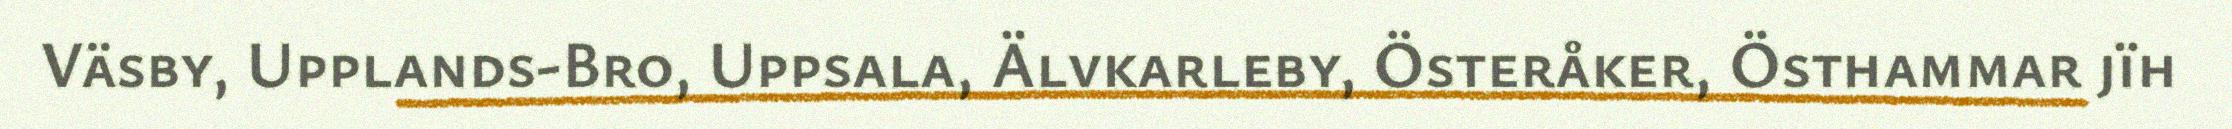
Väsby, Upplands-Bro, Uppsala, Älvkarleby, Österåker, Östhammar jïh